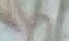
وتطلق